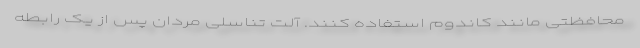
محافظتی مانند کاندوم استفاده کنند. آلت تناسلی مردان پس از یک رابطه